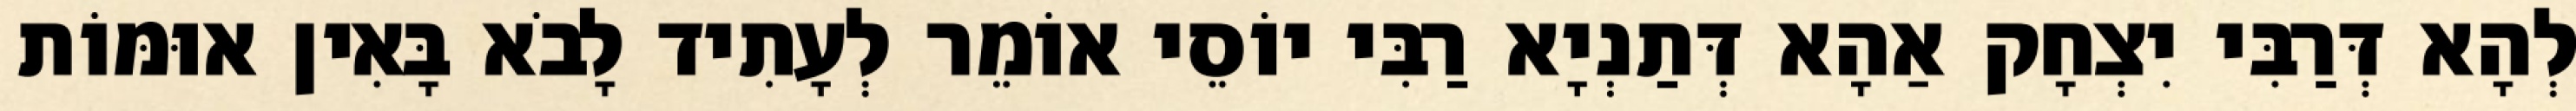
לְהָא דְּרַבִּי יִצְחָק אַהָא דְּתַנְיָא רַבִּי יוֹסֵי אוֹמֵר לְעָתִיד לָבֹא בָּאִין אוּמּוֹת